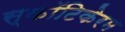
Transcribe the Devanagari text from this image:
स्कॉटिकेरम